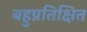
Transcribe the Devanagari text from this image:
बहुप्रतिक्षित